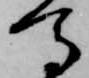
馬